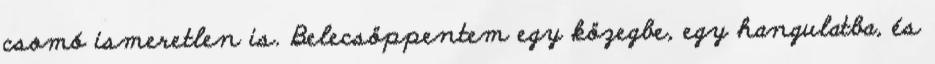
csomó ismeretlen is. Belecsöppentem egy közegbe, egy hangulatba, és